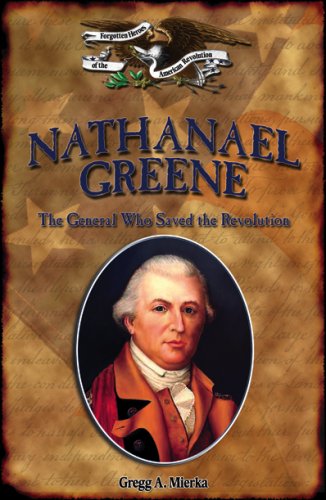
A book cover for Nathanael Greene: The General Who Saved the Revolution (Forgotten Heroes of the American Revolution); Gregg A. Mierka; Teen & Young Adult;